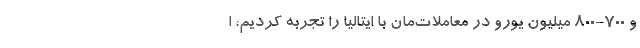
و 700-800 میلیون یورو در معاملات‌مان با ایتالیا را تجربه کردیم، ا